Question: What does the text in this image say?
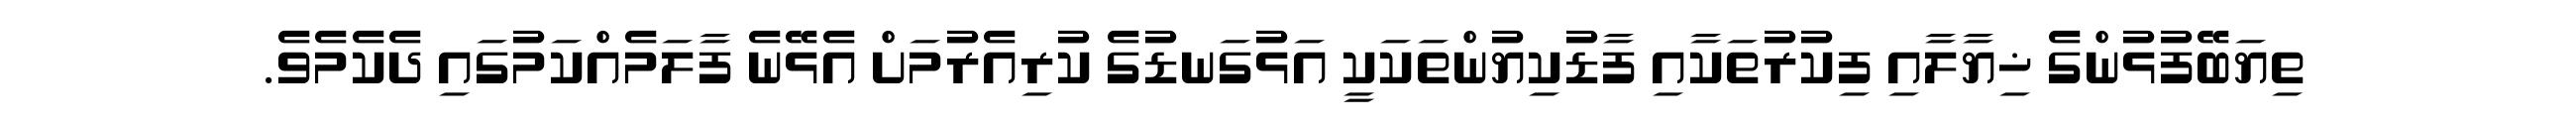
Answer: ތިޔަބޭފުޅުންގެ ޚިޔާލާއި ފިކުރުތަކާއި ފާޑުކިޔުންތަކަކީ އަޅުގަނޑުގެ ކުރިއެރުމަށް އެޅޭނެ ފާލަމެއްކަމުގައި ދެކެމެވެ.